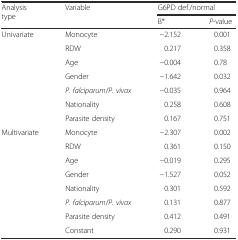
<table><thead><tr><td rowspan="2"><b>Analysis type</b></td><td rowspan="2"><b>Variable</b></td><td colspan="2"><b>G6PD def./normal</b></td></tr><tr><td><b>B*</b></td><td><b><i>P</i>-value</b></td></tr></thead><tbody><tr><td>Univariate</td><td>Monocyte</td><td>−2.152</td><td>0.001</td></tr><tr><td></td><td>RDW</td><td>0.217</td><td>0.358</td></tr><tr><td></td><td>Age</td><td>−0.004</td><td>0.78</td></tr><tr><td></td><td>Gender</td><td>−1.642</td><td>0.032</td></tr><tr><td></td><td><i>P. falciparum</i>/<i>P. vivax</i></td><td>−0.035</td><td>0.964</td></tr><tr><td></td><td>Nationality</td><td>0.258</td><td>0.608</td></tr><tr><td></td><td>Parasite density</td><td>0.167</td><td>0.751</td></tr><tr><td>Multivariate</td><td>Monocyte</td><td>−2.307</td><td>0.002</td></tr><tr><td></td><td>RDW</td><td>0.361</td><td>0.150</td></tr><tr><td></td><td>Age</td><td>−0.019</td><td>0.295</td></tr><tr><td></td><td>Gender</td><td>−1.527</td><td>0.052</td></tr><tr><td></td><td>Nationality</td><td>0.301</td><td>0.592</td></tr><tr><td></td><td><i>P. falciparum</i>/<i>P. vivax</i></td><td>0.131</td><td>0.877</td></tr><tr><td></td><td>Parasite density</td><td>0.412</td><td>0.491</td></tr><tr><td></td><td>Constant</td><td>0.290</td><td>0.931</td></tr></tbody></table>